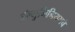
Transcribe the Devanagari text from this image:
ॲल्युमिनियमचे